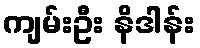
ကျမ်းဦး နိဒါန်း